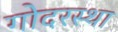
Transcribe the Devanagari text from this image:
गोदरस्था